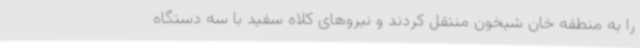
را به منطقه خان شیخون منتقل کردند و نیروهای کلاه سفید با سه دستگاه